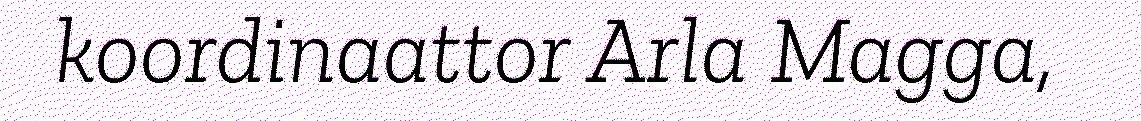
koordinaattor Arla Magga,